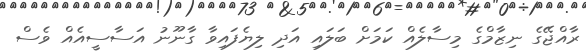
ރާއްޖޭގެ ނިޒާމްގެ މިސާލެއް ކަމަށް ބަލައި އަދި ލިޔެފައިވާ ގާނޫނު އަސާސީއެއް ވެސް